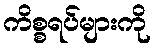
ကိစ္စရပ်များကို